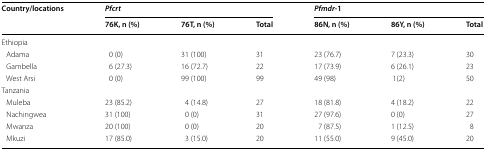
<table><thead><tr><td rowspan="2"><b>Country/locations</b></td><td colspan="3"><b><i>Pfcrt</i></b></td><td colspan="3"><b><i>Pfmdr</i>-1</b></td></tr><tr><td><b>76K, n (%)</b></td><td><b>76T, n (%)</b></td><td><b>Total</b></td><td><b>86N, n (%)</b></td><td><b>86Y, n (%)</b></td><td><b>Total</b></td></tr></thead><tbody><tr><td colspan="7">Ethiopia</td></tr><tr><td> Adama</td><td>0 (0)</td><td>31 (100)</td><td>31</td><td>23 (76.7)</td><td>7 (23.3)</td><td>30</td></tr><tr><td> Gambella</td><td>6 (27.3)</td><td>16 (72.7)</td><td>22</td><td>17 (73.9)</td><td>6 (26.1)</td><td>23</td></tr><tr><td> West Arsi</td><td>0 (0)</td><td>99 (100)</td><td>99</td><td>49 (98)</td><td>1(2)</td><td>50</td></tr><tr><td colspan="7">Tanzania</td></tr><tr><td> Muleba</td><td>23 (85.2)</td><td>4 (14.8)</td><td>27</td><td>18 (81.8)</td><td>4 (18.2)</td><td>22</td></tr><tr><td> Nachingwea</td><td>31 (100)</td><td>0 (0)</td><td>31</td><td>27 (97.6)</td><td>0 (0)</td><td>27</td></tr><tr><td> Mwanza</td><td>20 (100)</td><td>0 (0)</td><td>20</td><td>7 (87.5)</td><td>1 (12.5)</td><td>8</td></tr><tr><td> Mkuzi</td><td>17 (85.0)</td><td>3 (15.0)</td><td>20</td><td>11 (55.0)</td><td>9 (45.0)</td><td>20</td></tr></tbody></table>